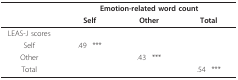
|  | <COLSPAN=6> Emotion-related word count |
 |  | <COLSPAN=2> Self | <COLSPAN=2> Other | <COLSPAN=2> Total |
 | --- | --- | --- | --- | --- | --- | --- |
 | LEAS-J scores |  |  |  |  |  |  |
 | Self | .49 | *** |  |  |  |  |
 | Other |  |  | .43 | *** |  |  |
 | Total |  |  |  |  | .54 | *** |